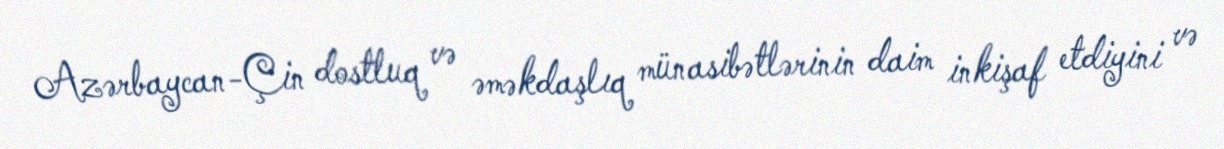
Azərbaycan-Çin dostluq və əməkdaşlıq münasibətlərinin daim inkişaf etdiyini və